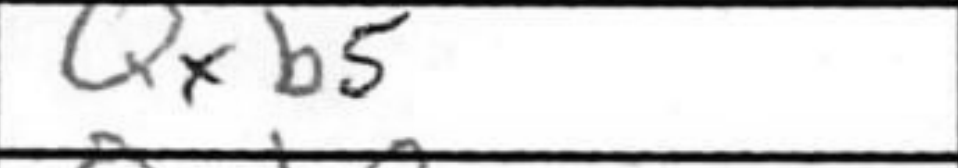
Transcription: Qxb5